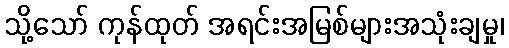
သို့သော် ကုန်ထုတ် အရင်းအမြစ်များအသုံးချမှု၊